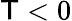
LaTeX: \mathsf{T}<0